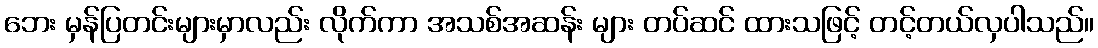
ဘေး မှန်ပြတင်းများမှာလည်း လိုက်ကာ အသစ်အဆန်း များ တပ်ဆင် ထားသဖြင့် တင့်တယ်လှပါသည်။